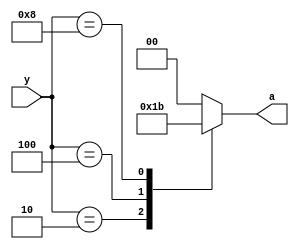
module _42enc(
  input [3:0] y,
  output reg [1:0] a
);

always @(*)  // sensitivity list is always the input
begin
  case (y)
    4'b0001: a = 2'b00;
    4'b0010: a = 2'b01;
    4'b0100: a = 2'b10;
    4'b1000: a = 2'b11;
    default: a = 2'b00;
  endcase
end

endmodule